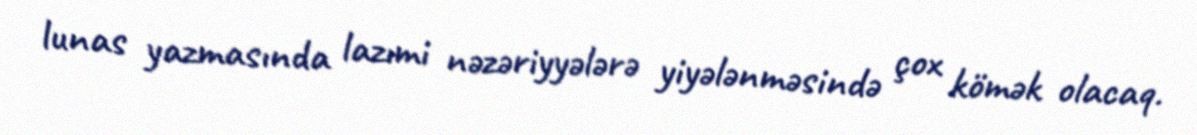
lunas yazmasında lazımi nəzəriyyələrə yiyələnməsində çox kömək olacaq.